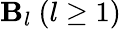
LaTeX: \mathbf{B}_{l}\ (l\geq1)